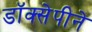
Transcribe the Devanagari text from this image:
डॉक्सेपीने